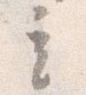
立